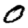
Digit: 0